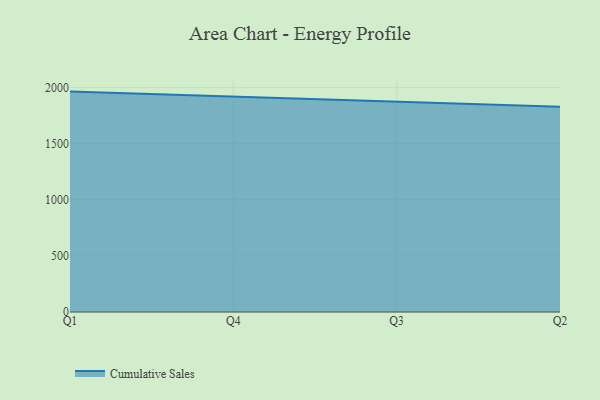
{"axis": {"x": "Quarter", "y": "Market Share (%)"}, "legend": ["Cumulative Sales"], "data": [{"x": "Q1", "y": 1964.1, "type": "Cumulative Sales"}, {"x": "Q4", "y": 1919.6, "type": "Cumulative Sales"}, {"x": "Q3", "y": 1876.3, "type": "Cumulative Sales"}, {"x": "Q2", "y": 1828.6, "type": "Cumulative Sales"}]}